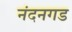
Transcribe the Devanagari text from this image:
नंदनगड